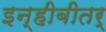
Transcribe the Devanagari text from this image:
इन्हीबीतर्